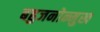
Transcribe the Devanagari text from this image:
बहुजनोन्मुख